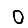
Digit: 0